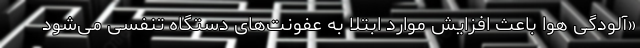
«آلودگی هوا باعث افزایش موارد ابتلا به عفونت‌های دستگاه تنفسی می‌شود